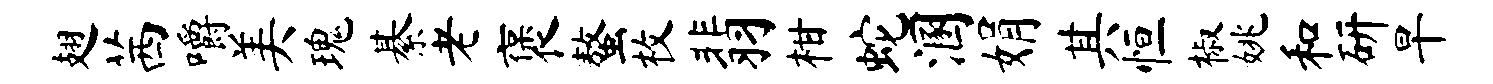
翅茜嚼美瑰綦老褒螯枚翡柑蛇溷娟其恒椒姚和研旱